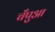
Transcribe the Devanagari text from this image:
चँपुआ